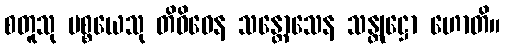
စတူသု ပစ္စယေသု တိဝိဓေန သန္တောသေန သန္တုဋ္ဌော ဟောတိ။